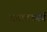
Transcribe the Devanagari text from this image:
बचावकार्य